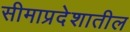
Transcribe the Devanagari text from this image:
सीमाप्रदेशातील